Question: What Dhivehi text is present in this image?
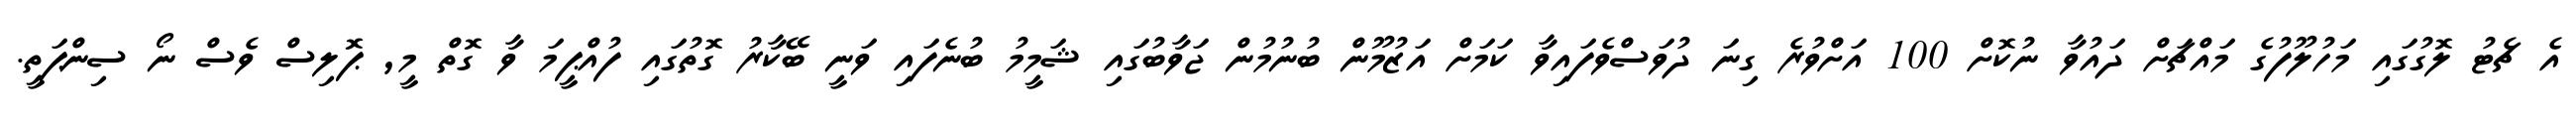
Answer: އެ ޗެޓު ލޮގުގައި މަހުލޫފުގެ މައްޗަށް ދައުވާ ނުކޮށް 100 އަށްވުރެ ގިނަ ދުވަސްވެފައިވާ ކަމަށް އަޒުމޫން ބުނުމުން ޖަވާބުގައި ޝަމީމު ބުނެފައި ވަނީ ބޭކާރު ގޮތުގައި ފުއްޕީމަ ވާ ގޮތް މީ, ޕޮލިސް ވެސް ނޯ ސިންޕަތީ.